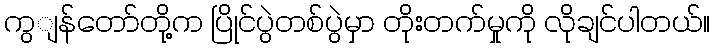
ကွျန်တော်တို့က ပြိုင်ပွဲတစ်ပွဲမှာ တိုးတက်မှုကို လိုချင်ပါတယ်။